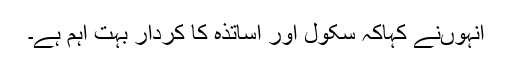
انہوںنے کہاکہ سکول اور اساتذہ کا کردار بہت اہم ہے۔